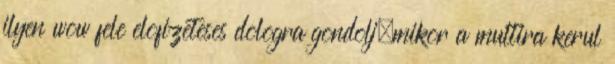
ilyen wow fele elofizeteses dologra gondolj,mikor a multira kerul